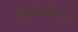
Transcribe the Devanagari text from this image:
अॅट्टोमीटर